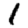
Digit: 1